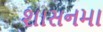
શાસનમા